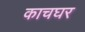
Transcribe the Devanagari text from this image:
काचघर